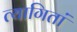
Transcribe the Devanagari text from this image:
त्यागितां